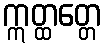
ဣတ္ထတ္တေ